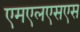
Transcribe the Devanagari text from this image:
एमएलएसएस